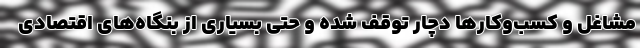
مشاغل و کسب‌وکارها دچار توقف شده و حتی بسیاری از بنگاه‌های اقتصادی